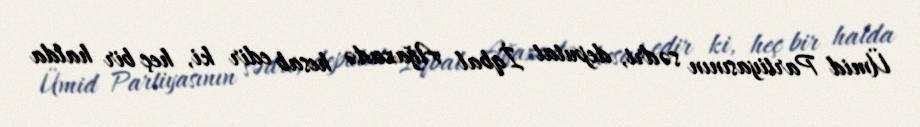
Ümid Partiyasının sədri, deputat İqbal Ağazadə hesab edir ki, heç bir halda